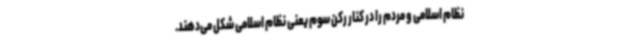
نظام اسلامی و مردم را در کنار رکن سوم یعنی نظام اسلامی شکل می‌دهند.